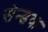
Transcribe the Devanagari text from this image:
सेन्डक